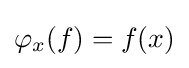
\varphi _{x}(f)=f(x)